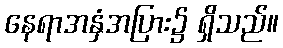
နေရာအနှံအပြား၌ ရှိသည်။